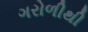
ગરોળીથી